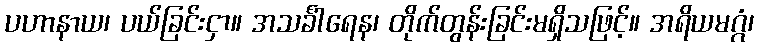
ပဟာနာယ၊ ပယ်ခြင်းငှာ။ အသင်္ခါရေန၊ တိုက်တွန်းခြင်းမရှိသဖြင့်။ အရိယမဂ္ဂံ၊